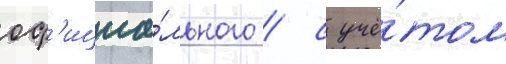
оф'ициа́льного / с учё́том